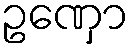
ဥဏှော